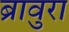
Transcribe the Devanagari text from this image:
ब्रावुरा